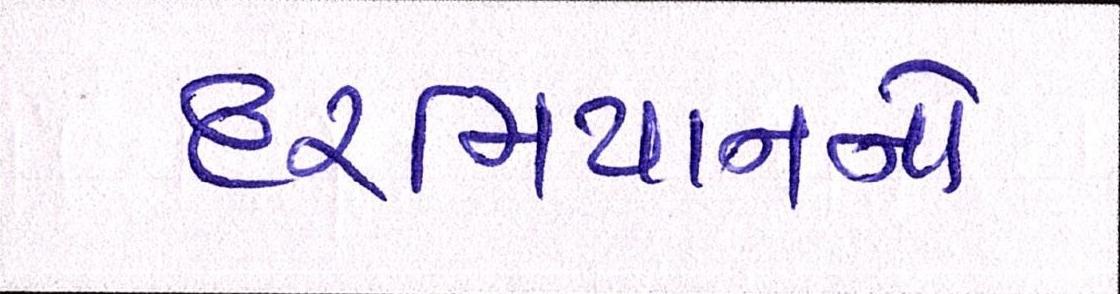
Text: દરમિયાનનો